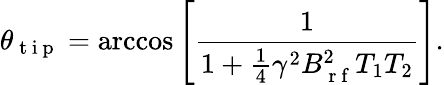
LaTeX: \theta_{\mathrm{~t~i~p~}}=\operatorname{arccos}\left[\frac{1}{1+\frac{1}{4}\gamma^{2}B_{\mathrm{~r~f~}}^{2}T_{1}T_{2}}\right].